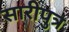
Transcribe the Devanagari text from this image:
सारीपुत्र